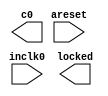
// megafunction wizard: %ALTPLL%VBB%
// GENERATION: STANDARD
// VERSION: WM1.0
// MODULE: altpll 

// ============================================================
// Megafunction Name(s):
// 			altpll
//
// Simulation Library Files(s):
// 			altera_mf
// ============================================================
// ************************************************************
// THIS IS A WIZARD-GENERATED FILE. DO NOT EDIT THIS FILE!
//
// 21.1.0 Build 842 10/21/2021 SJ Lite Edition
// ************************************************************

//Copyright (C) 2021  Intel Corporation. All rights reserved.
//Your use of Intel Corporation's design tools, logic functions 
//and other software and tools, and any partner logic 
//functions, and any output files from any of the foregoing 
//(including device programming or simulation files), and any 
//associated documentation or information are expressly subject 
//to the terms and conditions of the Intel Program License 
//Subscription Agreement, the Intel Quartus Prime License Agreement,
//the Intel FPGA IP License Agreement, or other applicable license
//agreement, including, without limitation, that your use is for
//the sole purpose of programming logic devices manufactured by
//Intel and sold by Intel or its authorized distributors.  Please
//refer to the applicable agreement for further details, at
//https://fpgasoftware.intel.com/eula.

module pll (
	areset,
	inclk0,
	c0,
	locked);

	input	  areset;
	input	  inclk0;
	output	  c0;
	output	  locked;
`ifndef ALTERA_RESERVED_QIS
// synopsys translate_off
`endif
	tri0	  areset;
`ifndef ALTERA_RESERVED_QIS
// synopsys translate_on
`endif

endmodule

// ============================================================
// CNX file retrieval info
// ============================================================
// Retrieval info: PRIVATE: ACTIVECLK_CHECK STRING "0"
// Retrieval info: PRIVATE: BANDWIDTH STRING "1.000"
// Retrieval info: PRIVATE: BANDWIDTH_FEATURE_ENABLED STRING "1"
// Retrieval info: PRIVATE: BANDWIDTH_FREQ_UNIT STRING "MHz"
// Retrieval info: PRIVATE: BANDWIDTH_PRESET STRING "Low"
// Retrieval info: PRIVATE: BANDWIDTH_USE_AUTO STRING "1"
// Retrieval info: PRIVATE: BANDWIDTH_USE_PRESET STRING "0"
// Retrieval info: PRIVATE: CLKBAD_SWITCHOVER_CHECK STRING "0"
// Retrieval info: PRIVATE: CLKLOSS_CHECK STRING "0"
// Retrieval info: PRIVATE: CLKSWITCH_CHECK STRING "0"
// Retrieval info: PRIVATE: CNX_NO_COMPENSATE_RADIO STRING "0"
// Retrieval info: PRIVATE: CREATE_CLKBAD_CHECK STRING "0"
// Retrieval info: PRIVATE: CREATE_INCLK1_CHECK STRING "0"
// Retrieval info: PRIVATE: CUR_DEDICATED_CLK STRING "c0"
// Retrieval info: PRIVATE: CUR_FBIN_CLK STRING "c0"
// Retrieval info: PRIVATE: DEVICE_SPEED_GRADE STRING "Any"
// Retrieval info: PRIVATE: DIV_FACTOR0 NUMERIC "1"
// Retrieval info: PRIVATE: DUTY_CYCLE0 STRING "50.00000000"
// Retrieval info: PRIVATE: EFF_OUTPUT_FREQ_VALUE0 STRING "100.000000"
// Retrieval info: PRIVATE: EXPLICIT_SWITCHOVER_COUNTER STRING "0"
// Retrieval info: PRIVATE: EXT_FEEDBACK_RADIO STRING "0"
// Retrieval info: PRIVATE: GLOCKED_COUNTER_EDIT_CHANGED STRING "1"
// Retrieval info: PRIVATE: GLOCKED_FEATURE_ENABLED STRING "0"
// Retrieval info: PRIVATE: GLOCKED_MODE_CHECK STRING "0"
// Retrieval info: PRIVATE: GLOCK_COUNTER_EDIT NUMERIC "1048575"
// Retrieval info: PRIVATE: HAS_MANUAL_SWITCHOVER STRING "1"
// Retrieval info: PRIVATE: INCLK0_FREQ_EDIT STRING "100.000"
// Retrieval info: PRIVATE: INCLK0_FREQ_UNIT_COMBO STRING "MHz"
// Retrieval info: PRIVATE: INCLK1_FREQ_EDIT STRING "100.000"
// Retrieval info: PRIVATE: INCLK1_FREQ_EDIT_CHANGED STRING "1"
// Retrieval info: PRIVATE: INCLK1_FREQ_UNIT_CHANGED STRING "1"
// Retrieval info: PRIVATE: INCLK1_FREQ_UNIT_COMBO STRING "MHz"
// Retrieval info: PRIVATE: INTENDED_DEVICE_FAMILY STRING "MAX 10"
// Retrieval info: PRIVATE: INT_FEEDBACK__MODE_RADIO STRING "1"
// Retrieval info: PRIVATE: LOCKED_OUTPUT_CHECK STRING "1"
// Retrieval info: PRIVATE: LONG_SCAN_RADIO STRING "1"
// Retrieval info: PRIVATE: LVDS_MODE_DATA_RATE STRING "Not Available"
// Retrieval info: PRIVATE: LVDS_MODE_DATA_RATE_DIRTY NUMERIC "0"
// Retrieval info: PRIVATE: LVDS_PHASE_SHIFT_UNIT0 STRING "deg"
// Retrieval info: PRIVATE: MIG_DEVICE_SPEED_GRADE STRING "Any"
// Retrieval info: PRIVATE: MIRROR_CLK0 STRING "0"
// Retrieval info: PRIVATE: MULT_FACTOR0 NUMERIC "1"
// Retrieval info: PRIVATE: NORMAL_MODE_RADIO STRING "1"
// Retrieval info: PRIVATE: OUTPUT_FREQ0 STRING "100.00000000"
// Retrieval info: PRIVATE: OUTPUT_FREQ_MODE0 STRING "0"
// Retrieval info: PRIVATE: OUTPUT_FREQ_UNIT0 STRING "MHz"
// Retrieval info: PRIVATE: PHASE_RECONFIG_FEATURE_ENABLED STRING "1"
// Retrieval info: PRIVATE: PHASE_RECONFIG_INPUTS_CHECK STRING "0"
// Retrieval info: PRIVATE: PHASE_SHIFT0 STRING "0.00000000"
// Retrieval info: PRIVATE: PHASE_SHIFT_STEP_ENABLED_CHECK STRING "0"
// Retrieval info: PRIVATE: PHASE_SHIFT_UNIT0 STRING "deg"
// Retrieval info: PRIVATE: PLL_ADVANCED_PARAM_CHECK STRING "0"
// Retrieval info: PRIVATE: PLL_ARESET_CHECK STRING "1"
// Retrieval info: PRIVATE: PLL_AUTOPLL_CHECK NUMERIC "1"
// Retrieval info: PRIVATE: PLL_ENHPLL_CHECK NUMERIC "0"
// Retrieval info: PRIVATE: PLL_FASTPLL_CHECK NUMERIC "0"
// Retrieval info: PRIVATE: PLL_FBMIMIC_CHECK STRING "0"
// Retrieval info: PRIVATE: PLL_LVDS_PLL_CHECK NUMERIC "0"
// Retrieval info: PRIVATE: PLL_PFDENA_CHECK STRING "0"
// Retrieval info: PRIVATE: PLL_TARGET_HARCOPY_CHECK NUMERIC "0"
// Retrieval info: PRIVATE: PRIMARY_CLK_COMBO STRING "inclk0"
// Retrieval info: PRIVATE: RECONFIG_FILE STRING "pll.mif"
// Retrieval info: PRIVATE: SACN_INPUTS_CHECK STRING "0"
// Retrieval info: PRIVATE: SCAN_FEATURE_ENABLED STRING "1"
// Retrieval info: PRIVATE: SELF_RESET_LOCK_LOSS STRING "0"
// Retrieval info: PRIVATE: SHORT_SCAN_RADIO STRING "0"
// Retrieval info: PRIVATE: SPREAD_FEATURE_ENABLED STRING "0"
// Retrieval info: PRIVATE: SPREAD_FREQ STRING "50.000"
// Retrieval info: PRIVATE: SPREAD_FREQ_UNIT STRING "KHz"
// Retrieval info: PRIVATE: SPREAD_PERCENT STRING "0.500"
// Retrieval info: PRIVATE: SPREAD_USE STRING "0"
// Retrieval info: PRIVATE: SRC_SYNCH_COMP_RADIO STRING "0"
// Retrieval info: PRIVATE: STICKY_CLK0 STRING "1"
// Retrieval info: PRIVATE: STICKY_CLK1 STRING "0"
// Retrieval info: PRIVATE: STICKY_CLK2 STRING "0"
// Retrieval info: PRIVATE: STICKY_CLK3 STRING "0"
// Retrieval info: PRIVATE: STICKY_CLK4 STRING "0"
// Retrieval info: PRIVATE: SWITCHOVER_COUNT_EDIT NUMERIC "1"
// Retrieval info: PRIVATE: SWITCHOVER_FEATURE_ENABLED STRING "1"
// Retrieval info: PRIVATE: SYNTH_WRAPPER_GEN_POSTFIX STRING "0"
// Retrieval info: PRIVATE: USE_CLK0 STRING "1"
// Retrieval info: PRIVATE: USE_CLKENA0 STRING "0"
// Retrieval info: PRIVATE: USE_MIL_SPEED_GRADE NUMERIC "0"
// Retrieval info: PRIVATE: ZERO_DELAY_RADIO STRING "0"
// Retrieval info: LIBRARY: altera_mf altera_mf.altera_mf_components.all
// Retrieval info: CONSTANT: BANDWIDTH_TYPE STRING "AUTO"
// Retrieval info: CONSTANT: CLK0_DIVIDE_BY NUMERIC "1"
// Retrieval info: CONSTANT: CLK0_DUTY_CYCLE NUMERIC "50"
// Retrieval info: CONSTANT: CLK0_MULTIPLY_BY NUMERIC "1"
// Retrieval info: CONSTANT: CLK0_PHASE_SHIFT STRING "0"
// Retrieval info: CONSTANT: COMPENSATE_CLOCK STRING "CLK0"
// Retrieval info: CONSTANT: INCLK0_INPUT_FREQUENCY NUMERIC "10000"
// Retrieval info: CONSTANT: INTENDED_DEVICE_FAMILY STRING "MAX 10"
// Retrieval info: CONSTANT: LPM_TYPE STRING "altpll"
// Retrieval info: CONSTANT: OPERATION_MODE STRING "NORMAL"
// Retrieval info: CONSTANT: PLL_TYPE STRING "AUTO"
// Retrieval info: CONSTANT: PORT_ACTIVECLOCK STRING "PORT_UNUSED"
// Retrieval info: CONSTANT: PORT_ARESET STRING "PORT_USED"
// Retrieval info: CONSTANT: PORT_CLKBAD0 STRING "PORT_UNUSED"
// Retrieval info: CONSTANT: PORT_CLKBAD1 STRING "PORT_UNUSED"
// Retrieval info: CONSTANT: PORT_CLKLOSS STRING "PORT_UNUSED"
// Retrieval info: CONSTANT: PORT_CLKSWITCH STRING "PORT_UNUSED"
// Retrieval info: CONSTANT: PORT_CONFIGUPDATE STRING "PORT_UNUSED"
// Retrieval info: CONSTANT: PORT_FBIN STRING "PORT_UNUSED"
// Retrieval info: CONSTANT: PORT_INCLK0 STRING "PORT_USED"
// Retrieval info: CONSTANT: PORT_INCLK1 STRING "PORT_UNUSED"
// Retrieval info: CONSTANT: PORT_LOCKED STRING "PORT_USED"
// Retrieval info: CONSTANT: PORT_PFDENA STRING "PORT_UNUSED"
// Retrieval info: CONSTANT: PORT_PHASECOUNTERSELECT STRING "PORT_UNUSED"
// Retrieval info: CONSTANT: PORT_PHASEDONE STRING "PORT_UNUSED"
// Retrieval info: CONSTANT: PORT_PHASESTEP STRING "PORT_UNUSED"
// Retrieval info: CONSTANT: PORT_PHASEUPDOWN STRING "PORT_UNUSED"
// Retrieval info: CONSTANT: PORT_PLLENA STRING "PORT_UNUSED"
// Retrieval info: CONSTANT: PORT_SCANACLR STRING "PORT_UNUSED"
// Retrieval info: CONSTANT: PORT_SCANCLK STRING "PORT_UNUSED"
// Retrieval info: CONSTANT: PORT_SCANCLKENA STRING "PORT_UNUSED"
// Retrieval info: CONSTANT: PORT_SCANDATA STRING "PORT_UNUSED"
// Retrieval info: CONSTANT: PORT_SCANDATAOUT STRING "PORT_UNUSED"
// Retrieval info: CONSTANT: PORT_SCANDONE STRING "PORT_UNUSED"
// Retrieval info: CONSTANT: PORT_SCANREAD STRING "PORT_UNUSED"
// Retrieval info: CONSTANT: PORT_SCANWRITE STRING "PORT_UNUSED"
// Retrieval info: CONSTANT: PORT_clk0 STRING "PORT_USED"
// Retrieval info: CONSTANT: PORT_clk1 STRING "PORT_UNUSED"
// Retrieval info: CONSTANT: PORT_clk2 STRING "PORT_UNUSED"
// Retrieval info: CONSTANT: PORT_clk3 STRING "PORT_UNUSED"
// Retrieval info: CONSTANT: PORT_clk4 STRING "PORT_UNUSED"
// Retrieval info: CONSTANT: PORT_clk5 STRING "PORT_UNUSED"
// Retrieval info: CONSTANT: PORT_clkena0 STRING "PORT_UNUSED"
// Retrieval info: CONSTANT: PORT_clkena1 STRING "PORT_UNUSED"
// Retrieval info: CONSTANT: PORT_clkena2 STRING "PORT_UNUSED"
// Retrieval info: CONSTANT: PORT_clkena3 STRING "PORT_UNUSED"
// Retrieval info: CONSTANT: PORT_clkena4 STRING "PORT_UNUSED"
// Retrieval info: CONSTANT: PORT_clkena5 STRING "PORT_UNUSED"
// Retrieval info: CONSTANT: PORT_extclk0 STRING "PORT_UNUSED"
// Retrieval info: CONSTANT: PORT_extclk1 STRING "PORT_UNUSED"
// Retrieval info: CONSTANT: PORT_extclk2 STRING "PORT_UNUSED"
// Retrieval info: CONSTANT: PORT_extclk3 STRING "PORT_UNUSED"
// Retrieval info: CONSTANT: SELF_RESET_ON_LOSS_LOCK STRING "OFF"
// Retrieval info: CONSTANT: WIDTH_CLOCK NUMERIC "5"
// Retrieval info: USED_PORT: @clk 0 0 5 0 OUTPUT_CLK_EXT VCC "@clk[4..0]"
// Retrieval info: USED_PORT: areset 0 0 0 0 INPUT GND "areset"
// Retrieval info: USED_PORT: c0 0 0 0 0 OUTPUT_CLK_EXT VCC "c0"
// Retrieval info: USED_PORT: inclk0 0 0 0 0 INPUT_CLK_EXT GND "inclk0"
// Retrieval info: USED_PORT: locked 0 0 0 0 OUTPUT GND "locked"
// Retrieval info: CONNECT: @areset 0 0 0 0 areset 0 0 0 0
// Retrieval info: CONNECT: @inclk 0 0 1 1 GND 0 0 0 0
// Retrieval info: CONNECT: @inclk 0 0 1 0 inclk0 0 0 0 0
// Retrieval info: CONNECT: c0 0 0 0 0 @clk 0 0 1 0
// Retrieval info: CONNECT: locked 0 0 0 0 @locked 0 0 0 0
// Retrieval info: GEN_FILE: TYPE_NORMAL pll.v TRUE
// Retrieval info: GEN_FILE: TYPE_NORMAL pll.ppf TRUE
// Retrieval info: GEN_FILE: TYPE_NORMAL pll.inc FALSE
// Retrieval info: GEN_FILE: TYPE_NORMAL pll.cmp FALSE
// Retrieval info: GEN_FILE: TYPE_NORMAL pll.bsf FALSE
// Retrieval info: GEN_FILE: TYPE_NORMAL pll_inst.v FALSE
// Retrieval info: GEN_FILE: TYPE_NORMAL pll_bb.v TRUE
// Retrieval info: LIB_FILE: altera_mf
// Retrieval info: CBX_MODULE_PREFIX: ON